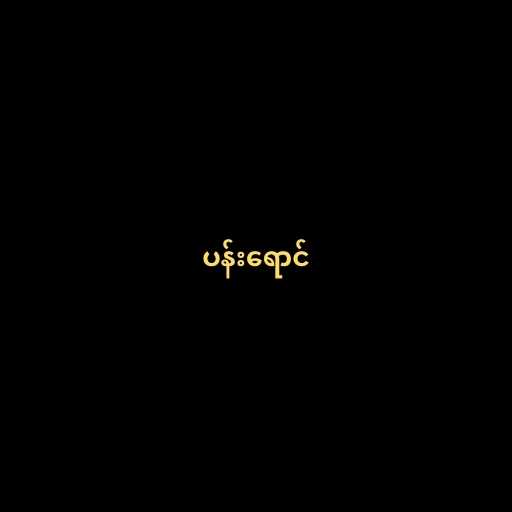
ပန်းရောင်